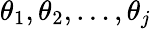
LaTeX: \theta_{1},\theta_{2},\ldots,\theta_{j}